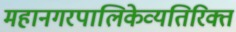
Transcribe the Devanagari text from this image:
महानगरपालिकेव्यतिरिक्त